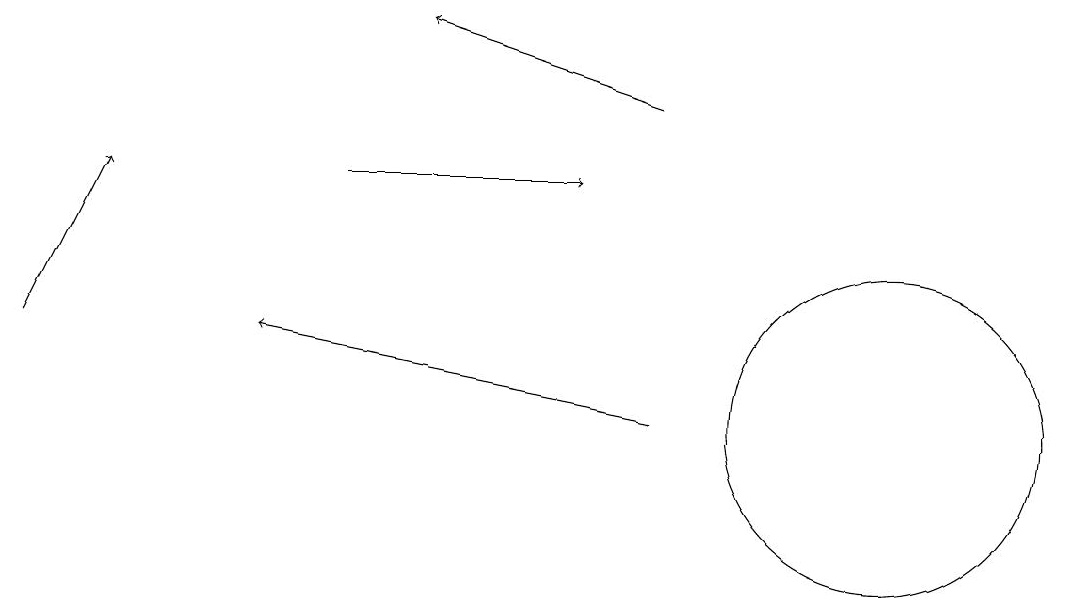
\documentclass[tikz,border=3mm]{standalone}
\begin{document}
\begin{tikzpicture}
\draw[->] (5,13) -- (8,13);
\draw[->] (1,11) -- (2,13);
\draw[->] (9,14) -- (6,15);
\draw[->] (9,10) -- (4,11);
\draw (12,10) circle (2);
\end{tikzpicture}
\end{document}